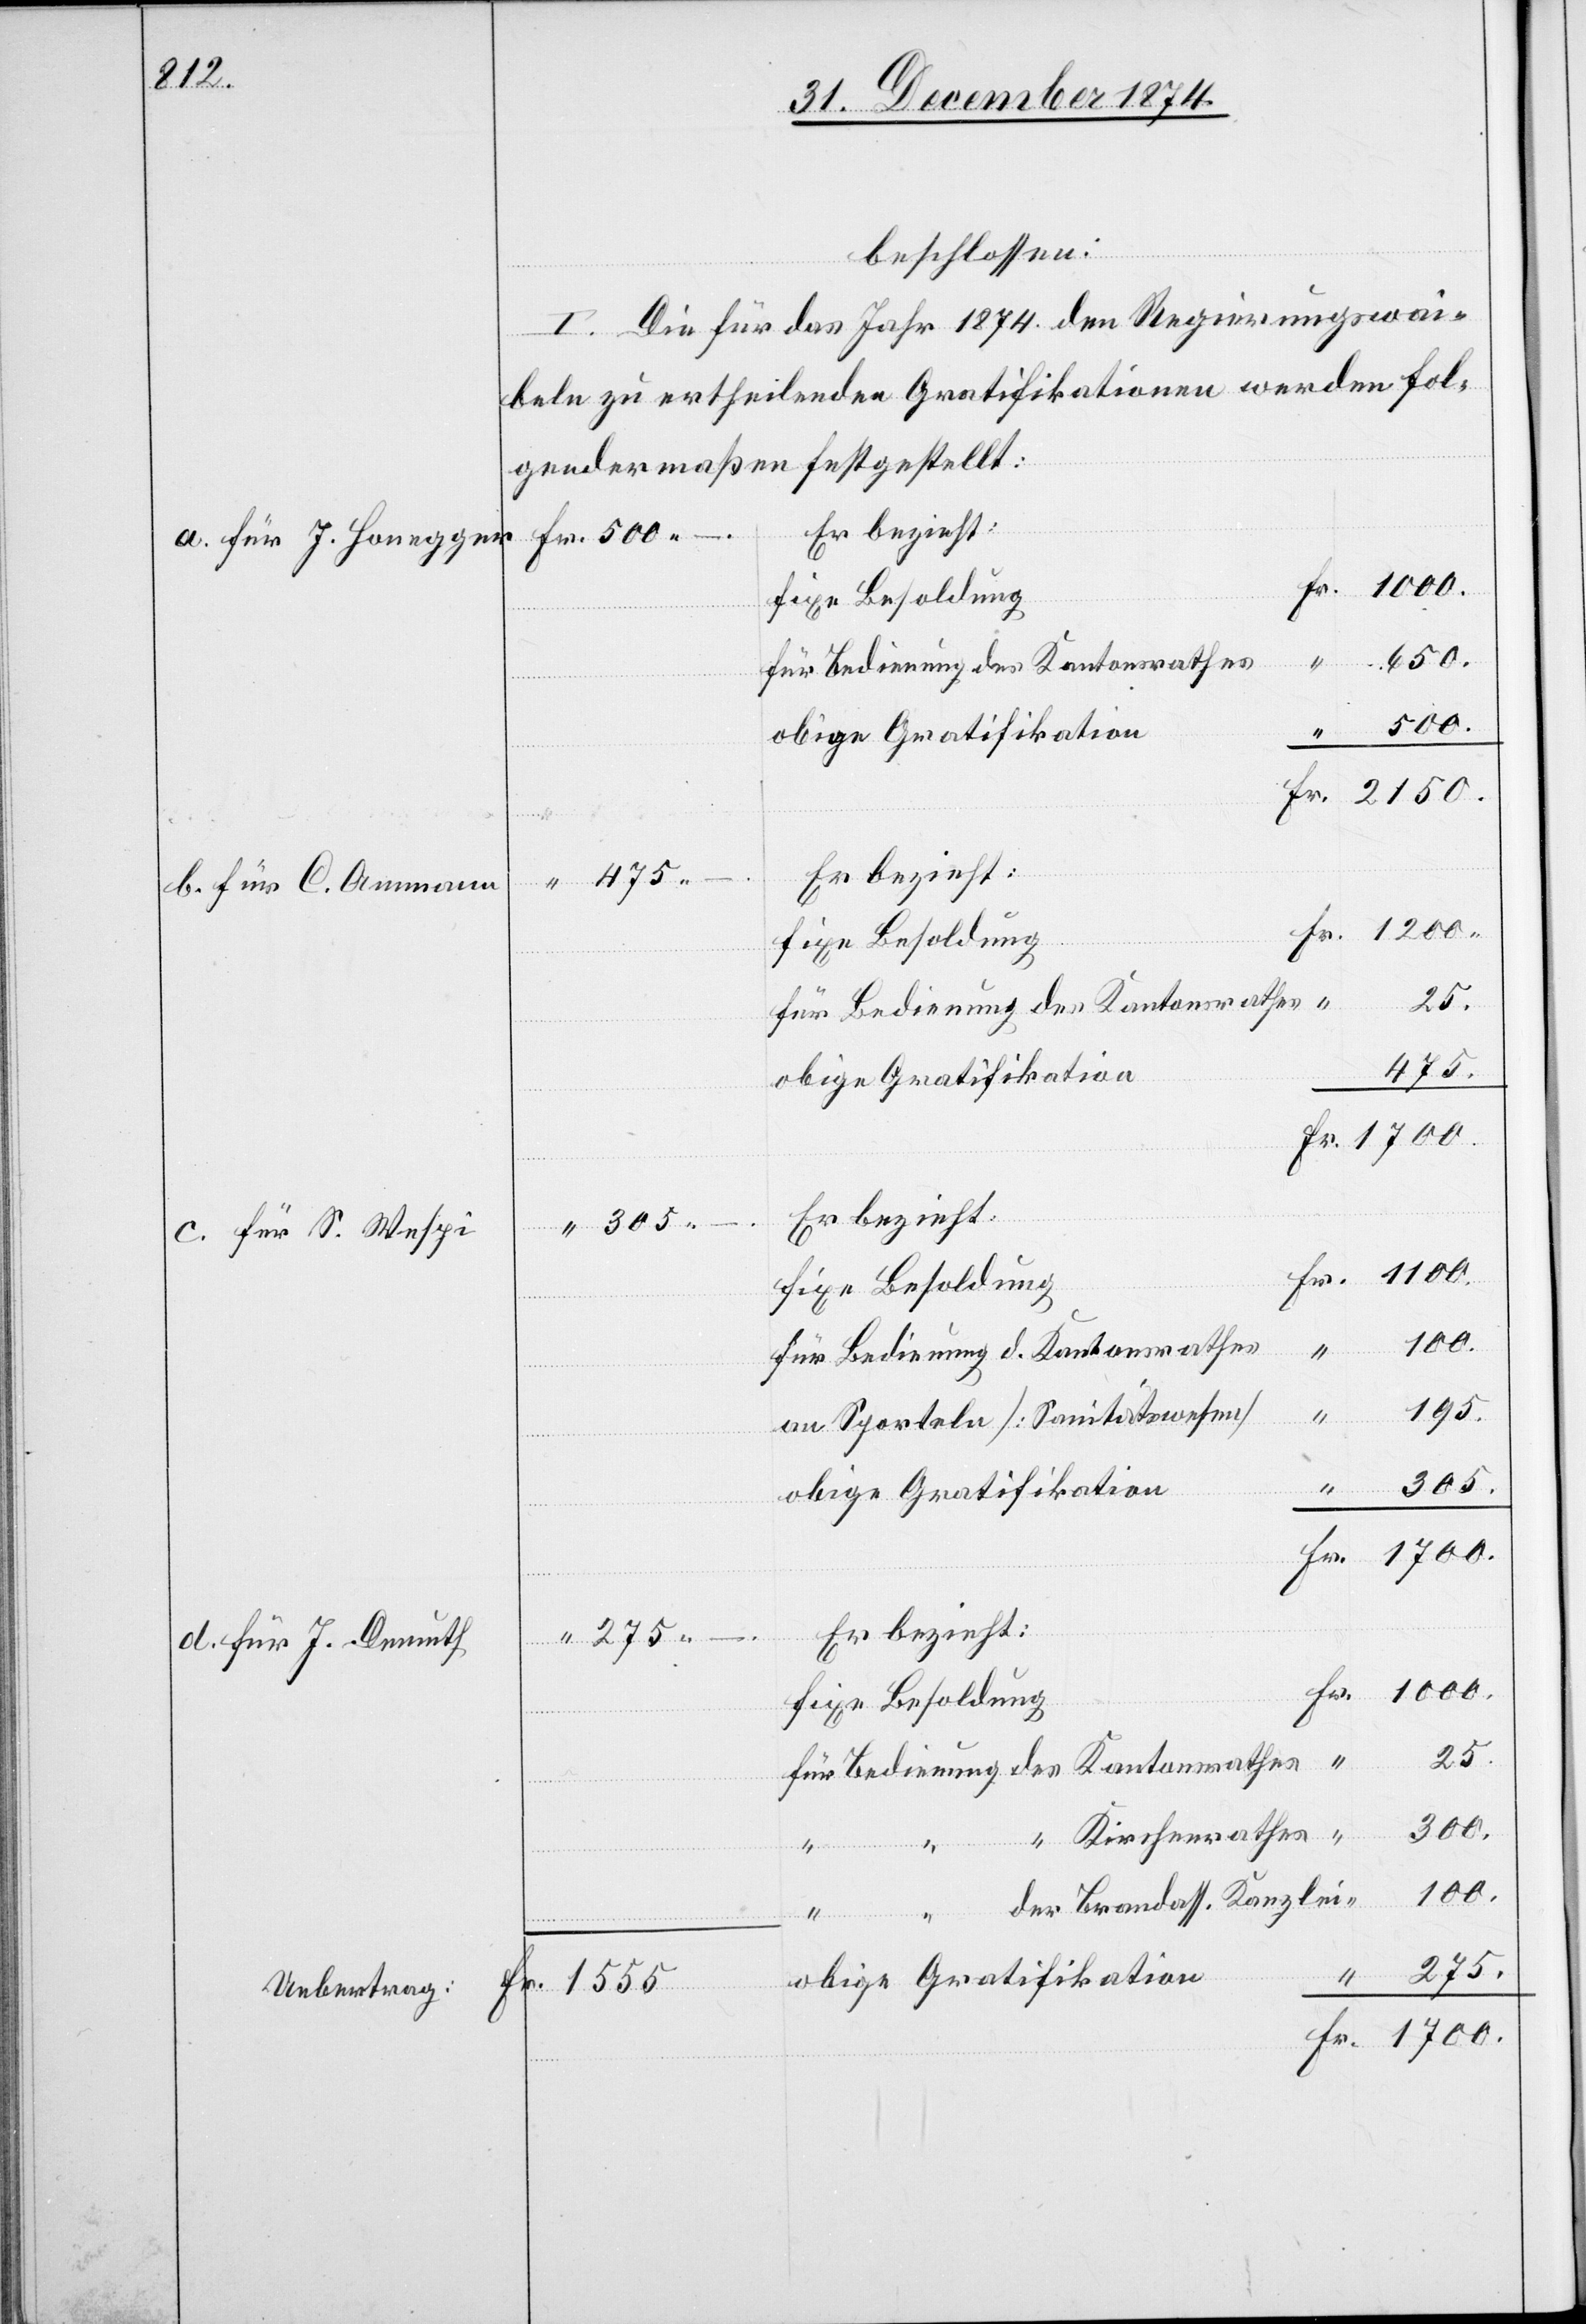
beschlossen:
I. Die für das Jahr 1874 den Regierungswai¬
beln zu ertheilenden Gratifikationen werden fol¬
gendermaßen festgestellt:
a. für J. Honegger
fixe Besoldung
650.
500.
b. für C. Ammann
1200.
für Bedienung des Kantonsrathes
475.
c. für S. Wespi
Fr.
1700.
für Bedienung d. Kantonsrathes
195.
an Sporteln [Sanitätswesen]
305.
Fr.
obige Gratifikation
Er bezieht:
d. für J. Demuth
25.
300.
“ Kirchenrathes
1700
“ “ der Brandass. Kanzlei
275.
obige Gratifikation